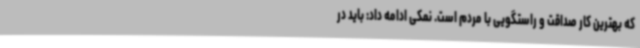
که بهترین کار صداقت و راستگویی با مردم است. نمکی ادامه داد: باید در